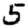
Digit: 5